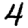
Digit: 4